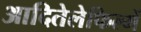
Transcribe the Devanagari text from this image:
आदितेलेफिल्में